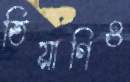
তিয়াগিও